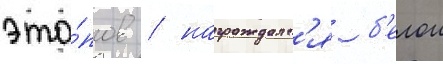
эта́пов / награждалс'я б'елои